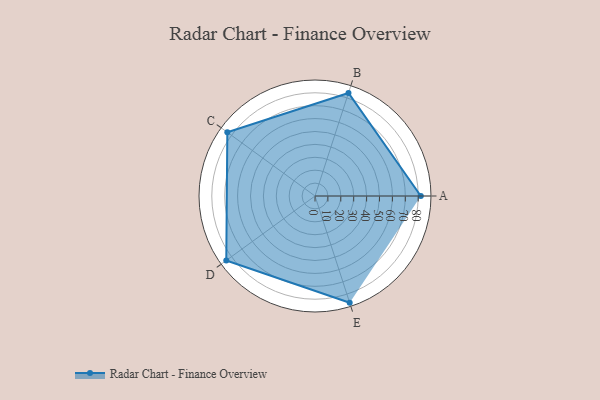
{"axis": {"x": "Skill", "y": "Score"}, "legend": ["Profile"], "data": [{"x": "A", "y": 82.0, "type": "Profile"}, {"x": "B", "y": 84.0, "type": "Profile"}, {"x": "C", "y": 84.0, "type": "Profile"}, {"x": "D", "y": 85.0, "type": "Profile"}, {"x": "E", "y": 87.0, "type": "Profile"}]}